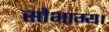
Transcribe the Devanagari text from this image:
सौभाग्य।